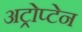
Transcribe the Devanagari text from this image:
अट्रोप्टेन